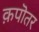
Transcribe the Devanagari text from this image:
क़पॊतर